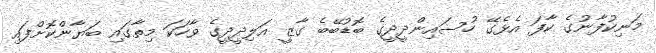
މަނިކުފާނުގެ ކާފަ އެޅެގޭ ހުސައިންދީދީގެ ބޮޑުބޭބެ ގާޒީ އަލިދީދީގެ ވާހަކަ މިތާގައި ބަޔާންކޮށްފައި